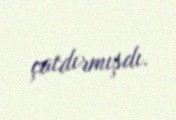
çatdırmışdı.